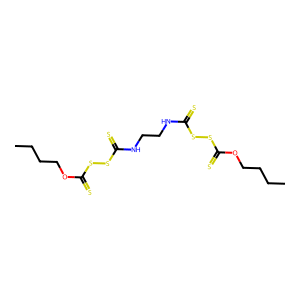
SMILES: CCCCOC(=S)SSC(=S)NCCNC(=S)SSC(=S)OCCCC
Inhibits HIV replication: No